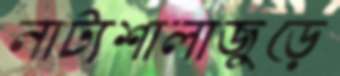
নাট্যশালাজুড়ে